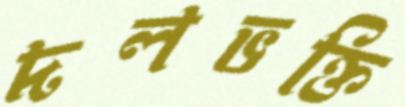
দলভক্তি